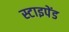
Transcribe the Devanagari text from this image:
स्टाइपेंड